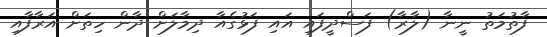
ފާތުމަތު ނީނާ (ލާރާ) ފަސްދީފައި އައި ފަޅުގެއާ ދިމާލަށް ދާން ހިތަށް އަރާފާއި